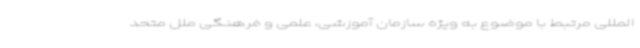
‌المللی مرتبط با موضوع به ویژه سازمان آموزشی، علمی و فرهنگی ملل متحد